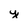
Character: y